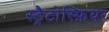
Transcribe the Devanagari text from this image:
स्ट्रैटोस्फ़ियर